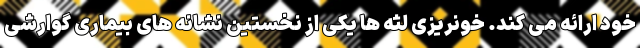
خود ارائه می کند. خونریزی لثه ها یکی از نخستین نشانه های بیماری گوارشی